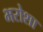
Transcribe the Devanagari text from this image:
भरोशा